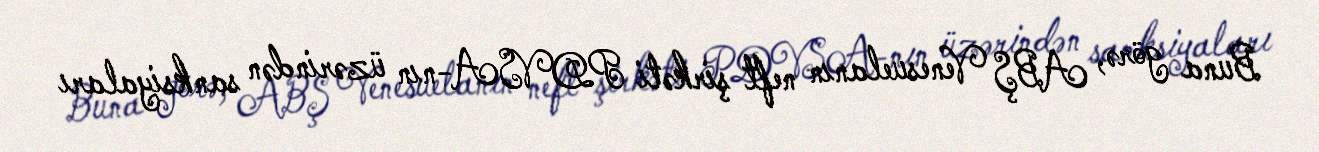
Buna görə, ABŞ Venesuelanın neft şirkəti PDVSA-nın üzərindən sanksiyaları